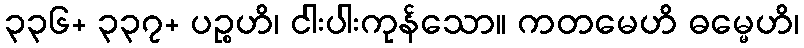
၃၃၆+ ၃၃၇+ ပဉ္စဟိ၊ ငါးပါးကုန်သော။ ကတမေဟိ ဓမ္မေဟိ၊